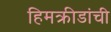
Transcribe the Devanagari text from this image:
हिमक्रीडांची